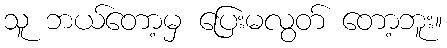
သူ ဘယ်တော့မှ ပြေးမလွတ် တော့ဘူး။